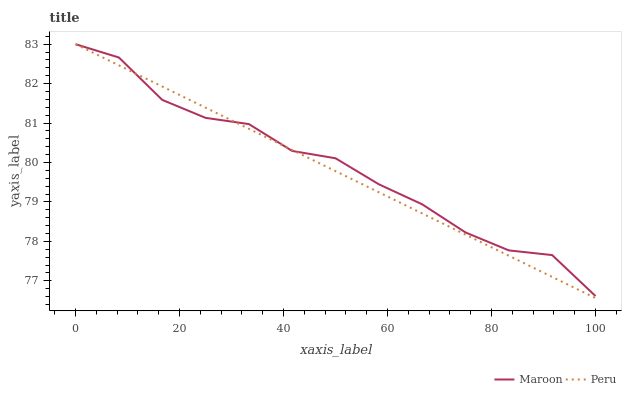
| xaxis_label | Maroon | Peru |
 | --- | --- | --- |
 | 0 | 83 | 83 |
 | 8.33 | 82.7 | 82.5 |
 | 16.7 | 81.6 | 81.9 |
 | 25 | 81.1 | 81.4 |
 | 33.3 | 81 | 80.9 |
 | 41.7 | 80.3 | 80.3 |
 | 50 | 80.1 | 79.8 |
 | 58.3 | 79.4 | 79.2 |
 | 66.7 | 78.9 | 78.7 |
 | 75 | 78.2 | 78.2 |
 | 83.3 | 77.8 | 77.6 |
 | 91.7 | 77.7 | 77.1 |
 | 100 | 76.6 | 76.6 |